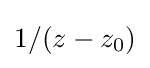
1/(z-z_{0})